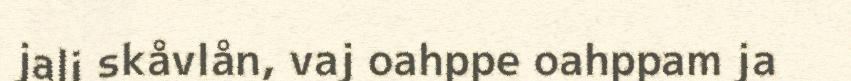
jali skåvlån, vaj oahppe oahppam ja